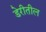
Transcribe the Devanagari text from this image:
डेरीतील